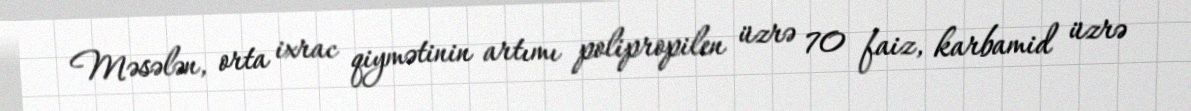
Məsələn, orta ixrac qiymətinin artımı polipropilen üzrə 70 faiz, karbamid üzrə